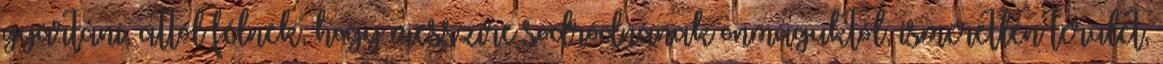
gyártani, attól félnek, hogy messzire sodródnának önmaguktól, ismeretlen terület,